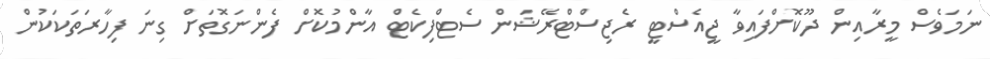
ނަމަވެސް މީރާއިން ދޫކޮށްފައިވާ ޖީއެސްޓީ ރެޖިސްޓްރޭޝަން ސެޓްފިކެޓް އާންމުކޮށް ފެންނަގޮތަށް ގިނަ ފިހާރަތަކަކުން